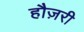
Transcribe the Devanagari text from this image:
हौज़री